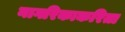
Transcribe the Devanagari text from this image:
नागरिकाकरिता